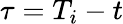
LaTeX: \tau=T_{i}-t